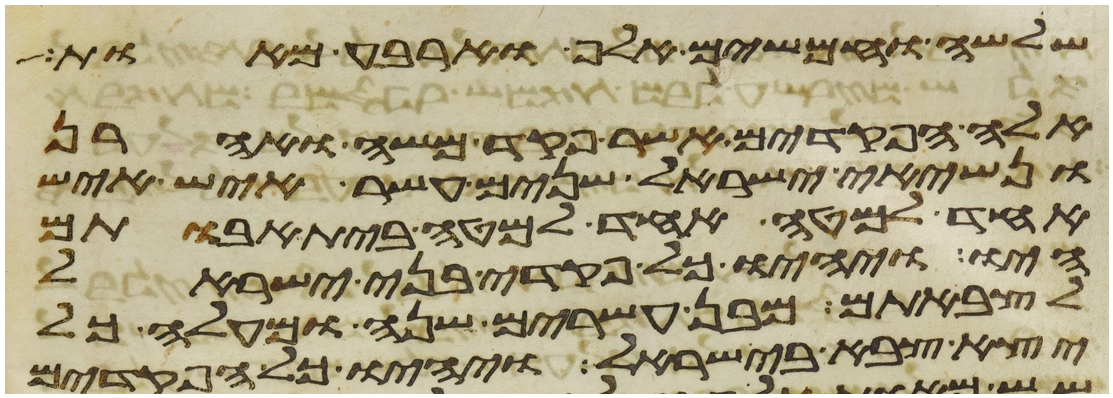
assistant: שלשה וחמשים אלף וארבע מאות
אלה הפקדים אשר פקד משה ואהרן
ונשיאי ישראל שנים עשר איש איש
אחד למטה אחד למטה בית אבותם
היו ויהיו כל פקדי בני ישראל
לצבאתם מבן עשרים שנה ומעלה כל
יצא צבא בישראל ויהיו כל הפקדים